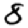
Digit: 8